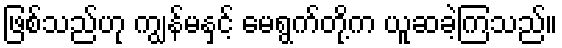
ဖြစ်သည်ဟု ကျွန်မနှင့် မေရွက်တို့က ယူဆခဲ့ကြသည်။